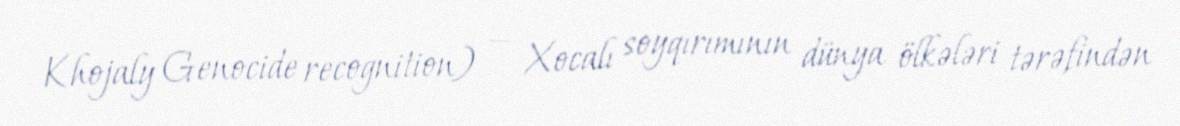
Khojaly Genocide recognition) — Xocalı soyqırımının dünya ölkələri tərəfindən